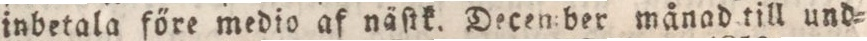
inbetala före medio af näſtk. December månad till und=